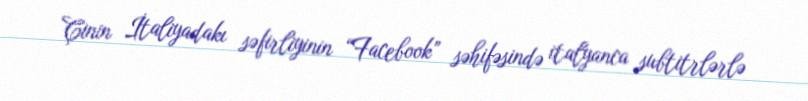
Çinin İtaliyadakı səfirliyinin “Facebook” səhifəsində italyanca subtitrlərlə